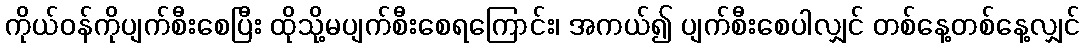
ကိုယ်ဝန်ကိုပျက်စီးစေပြီး ထိုသို့မပျက်စီးစေရကြောင်း၊ အကယ်၍ ပျက်စီးစေပါလျှင် တစ်နေ့တစ်နေ့လျှင်